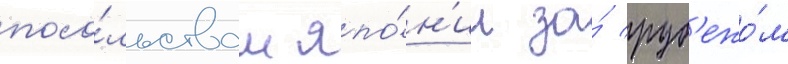
посо́льствам япо́н'ии за́ руб'ежо́м